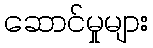
ဆောင်မှုများ